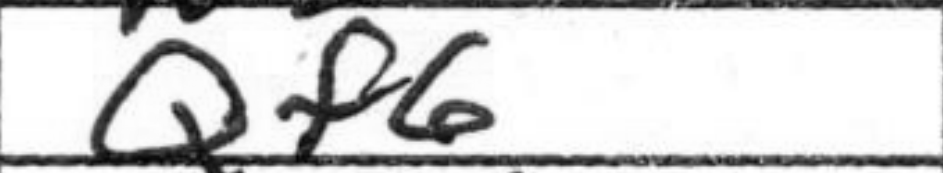
Transcription: Qf6